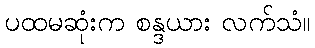
ပထမဆုံးက စန္ဒယား လက်သံ။